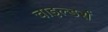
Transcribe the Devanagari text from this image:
चाइल्डर्स